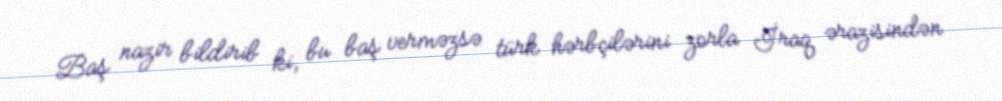
Baş nazir bildirib ki, bu baş verməzsə türk hərbçilərini zorla İraq ərazisindən